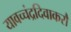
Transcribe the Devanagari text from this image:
यावच्चंद्रदिवाकरौ